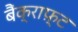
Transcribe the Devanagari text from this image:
बैंक्राफ़्ट